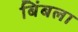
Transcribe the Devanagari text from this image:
बिंबला